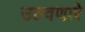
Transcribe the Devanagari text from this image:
उठवणारे